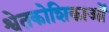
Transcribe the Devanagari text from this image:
श्वेतकोशिकाओं